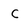
Character: C